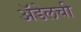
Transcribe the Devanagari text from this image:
अॅडेलची